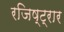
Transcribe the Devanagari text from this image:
रजिष्ट्रार